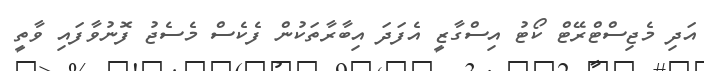
އަދި މެޖިސްޓްރޭޓް ކޯޓު އިސްގާޒީ އެފަަދަ އިބާރާތަކުން ފެކެސް މެސެޖު ފޮނުވާފައި ވާތީ